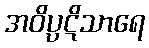
အဝိပ္ပဋိသာရေ